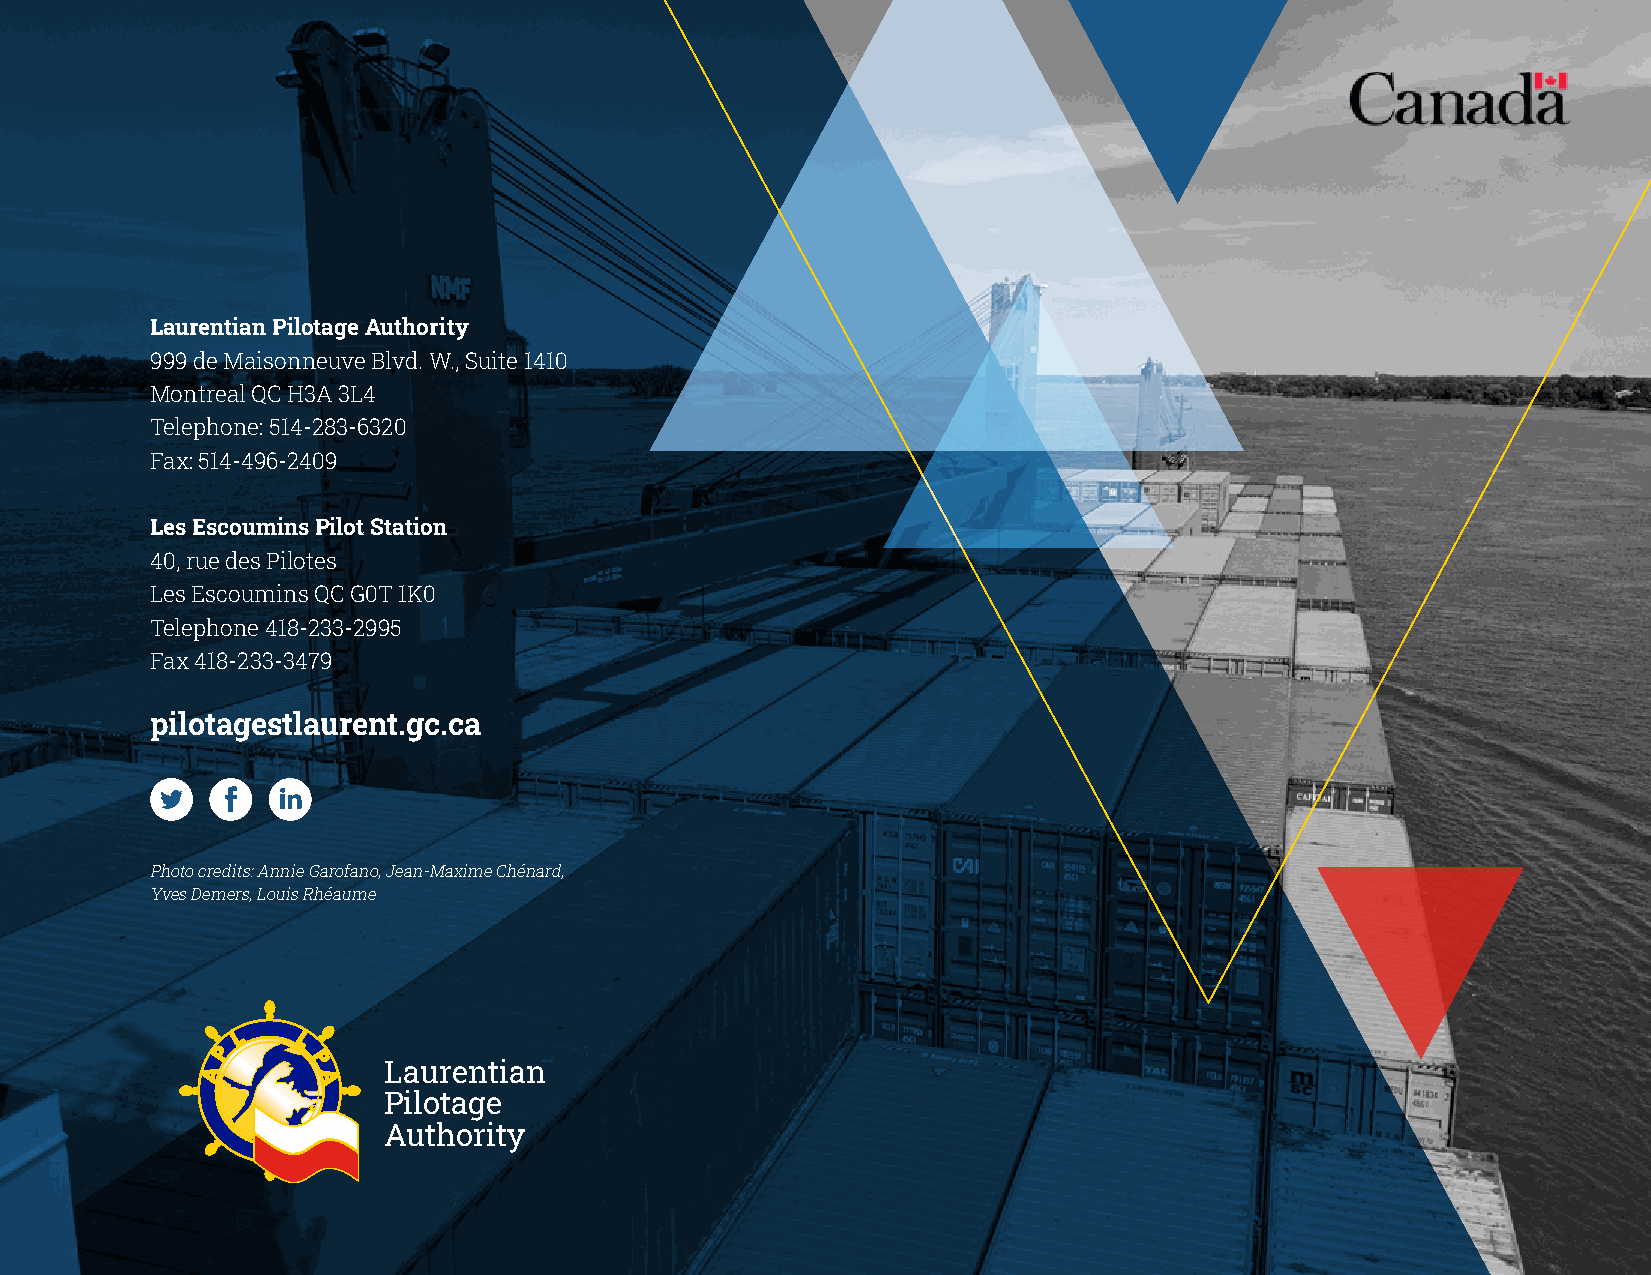
Laurentian Pilotage Authority
 999 de Maisonneuve Blvd. W., Suite 1410
 Montreal QC H3A 3L4
 Telephone: 514-283-6320
 Fax: 514-496-2409
 Les Escoumins Pilot Station
 40, rue des Pilotes
 Les Escoumins QC G0T 1K0
 Telephone 418-233-2995
 Fax 418-233-3479
 pilotagestlaurent.gc.ca
 Photo credits: Annie Garofano, Jean-Maxime Chénard,
 Yves Demers, Louis Rhéaume
 Laurentian
 Pilotage
 Authority